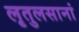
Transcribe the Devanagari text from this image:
लृतुलसानां